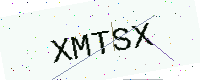
Text: XMTSX